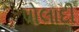
પોલાદી